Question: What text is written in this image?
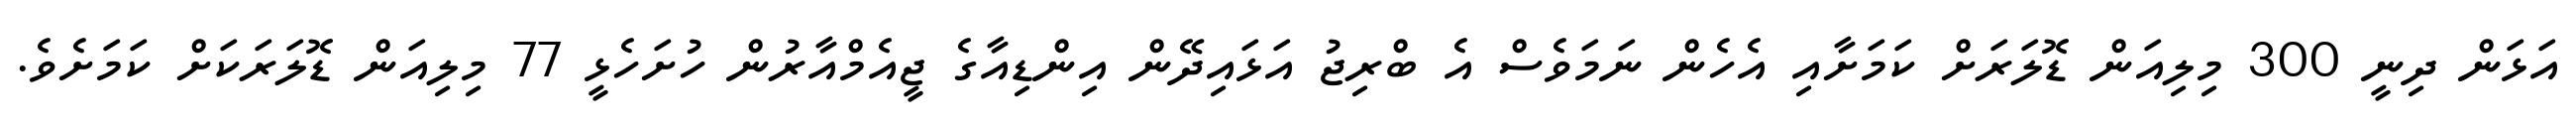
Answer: އަޅަން ދިނީ 300 މިލިއަން ޑޮލަރަށް ކަމަށާއި އެހެން ނަމަވެސް އެ ބްރިޖު އަޅައިދޭން އިންޑިއާގެ ޖީއެމްއާރުން ހުށަހެޅީ 77 މިލިއަން ޑޮލަރަކަށް ކަމަށެވެ.